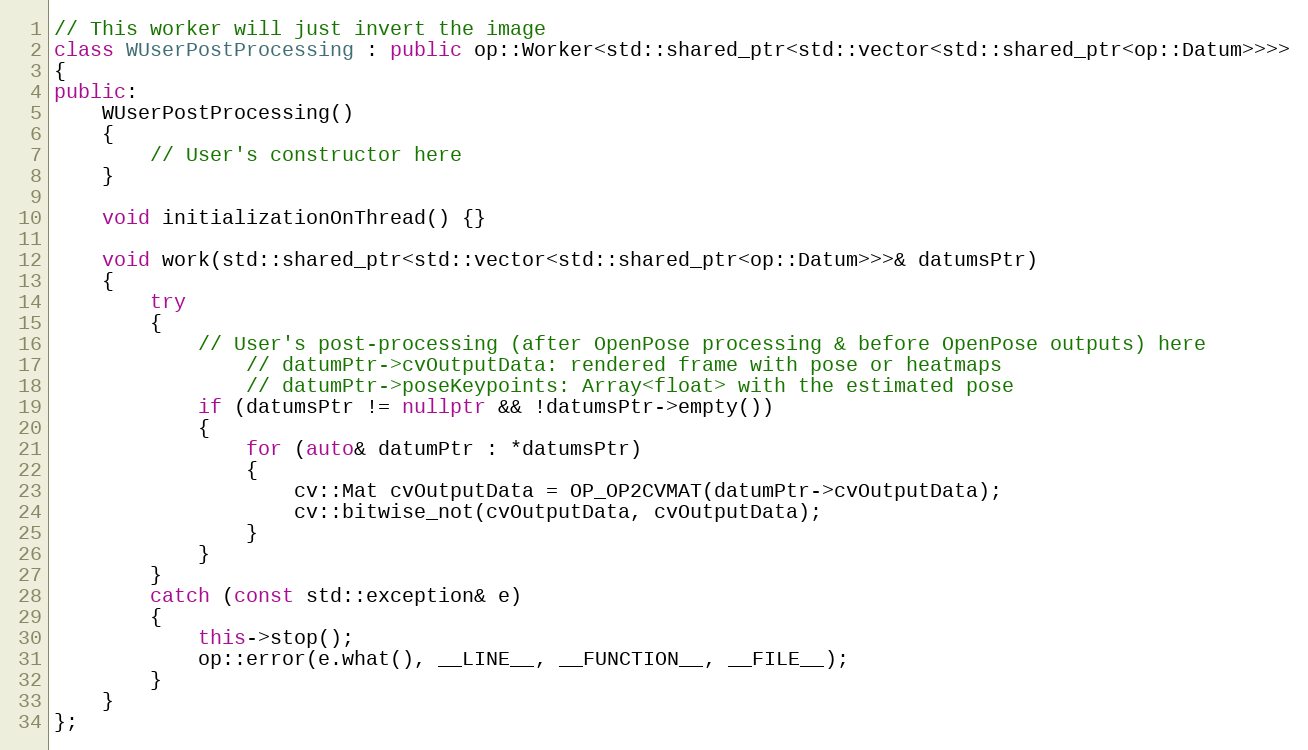
Language: C++
// This worker will just invert the image
class WUserPostProcessing : public op::Worker<std::shared_ptr<std::vector<std::shared_ptr<op::Datum>>>>
{
public:
    WUserPostProcessing()
    {
        // User's constructor here
    }

    void initializationOnThread() {}

    void work(std::shared_ptr<std::vector<std::shared_ptr<op::Datum>>>& datumsPtr)
    {
        try
        {
            // User's post-processing (after OpenPose processing & before OpenPose outputs) here
                // datumPtr->cvOutputData: rendered frame with pose or heatmaps
                // datumPtr->poseKeypoints: Array<float> with the estimated pose
            if (datumsPtr != nullptr && !datumsPtr->empty())
            {
                for (auto& datumPtr : *datumsPtr)
                {
                    cv::Mat cvOutputData = OP_OP2CVMAT(datumPtr->cvOutputData);
                    cv::bitwise_not(cvOutputData, cvOutputData);
                }
            }
        }
        catch (const std::exception& e)
        {
            this->stop();
            op::error(e.what(), __LINE__, __FUNCTION__, __FILE__);
        }
    }
};